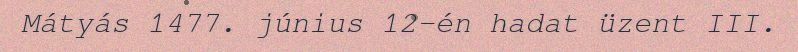
Mátyás 1477. június 12-én hadat üzent III.